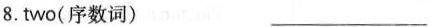
8. two(序数词) ___